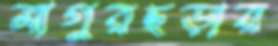
মাগুরছড়ার